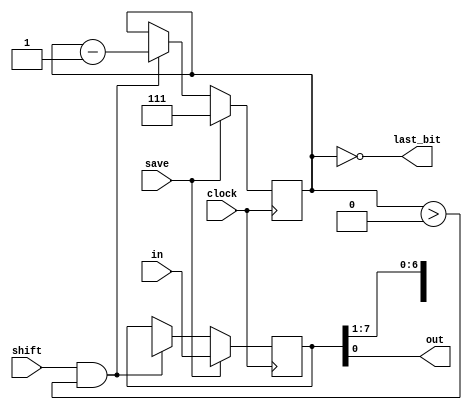
// *******************
// * serializer*
// *******************
// 
// 
//         -    ,     ,  .
// 
// =  =
// [] in [W]:  .
// [ ] save  :  .
// [ ] shift :     .
// [ ] clock : .
//
// =  =
// [] out     :     .
// [] last_bit:       .
//
// =  =
// [integer] W    [8]:  .
// [integer] Mode [0]:  :
//   Mode == 0:      ;
//   Mode == 1:      .
// 
// =    =
// W >= 1
// Mode in {0, 1}
//
// =  =
//   stored  W   k   .
// 
// * @ posedge clock, save == 1:
//   stored <- in
//   out <-     stored
// * @ posedge clock, save != 1, shift == 1:
//     out       stored, 
//     out <-     stored
// * @ always:
//   last_bit == 1 <=>      stored
//   
// =   =
//  
// 2018
module serializer(in, save, shift, clock, out, last_bit);
  parameter integer W = 8;
  parameter integer Mode = 0; // 0: lsb -> msb; 1: msb -> lsb
  input [W-1:0] in;
  input save, shift, clock;
  output out, last_bit;
  
  localparam integer CW = (W == 1)
                          ? 1
                          : $clog2(W);
  reg [W-1:0] stored;
  reg [CW-1:0] bits_left;
  
  always @(posedge clock)
    if(save) begin
      stored <= in;
      bits_left <= W-1;
    end
    else
    begin
      if(shift && bits_left > 0)
      begin
        if(Mode == 0) stored <= {1'bx, stored[W-1:1]};
        else stored <= {stored[W-2:0], 1'bx};
        bits_left <= bits_left - 1;
      end
    end
  
  assign out = (Mode == 0) ? stored[0] : stored[W-1];
  assign last_bit = (bits_left == 0);
  
endmodule